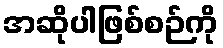
အဆိုပါဖြစ်စဉ်ကို